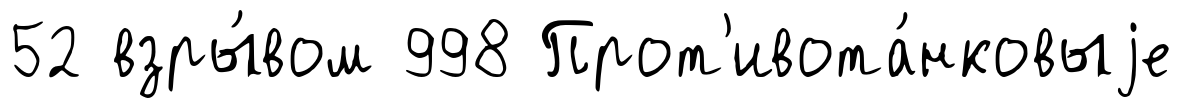
52 взры́вом 998 Прот'ивота́нковыjе